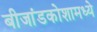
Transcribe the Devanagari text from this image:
बीजांडकोशामध्ये